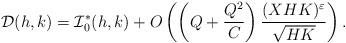
LaTeX: \begin{align*}\mathcal{D}(h,k)=\mathcal{I}^*_0(h,k) + O\left(\left(Q+\frac{Q^2}{C}\right)\frac{(XHK)^\varepsilon}{\sqrt{HK}}\right).\end{align*}